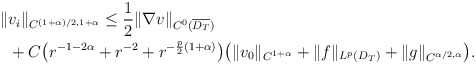
\begin{align*}\begin{aligned}\|&v_i\|_{C^{(1+\alpha)/2,1+\alpha}}\leq \frac{1}{2} \|\nabla v\|_{C^0(\overline{D_T})}\\&+ C\big(r^{-1-2\alpha}+r^{-2}+r^{-\frac{p}{2}(1+\alpha)}\big)\big(\|v_{0}\|_{C^{1+\alpha}}+\|f\|_{L^p(D_T)}+\|g \|_{C^{\alpha/2,\alpha}}\big).\end{aligned}\end{align*}